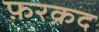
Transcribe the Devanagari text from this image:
फ़रक़द